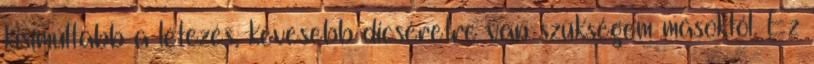
kisimultabb a létezés, kevesebb dicséretre van szükségem másoktól. Ez